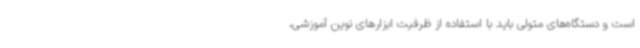
است و دستگاه‌های متولی باید با استفاده از ظرفیت ابزارهای نوین آموزشی،